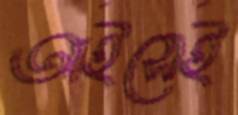
আইসেই